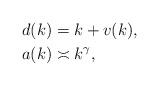
LaTeX: \begin{align*}d(k)&=k+v(k),\\ a(k)&\asymp k^{\gamma},\end{align*}